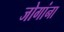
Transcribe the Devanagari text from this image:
जोगांना